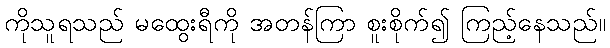
ကိုသူရသည် မထွေးရီကို အတန်ကြာ စူးစိုက်၍ ကြည့်နေသည်။